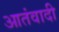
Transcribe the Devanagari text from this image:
आतंवादी